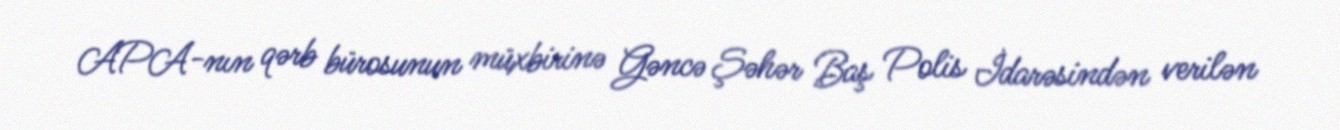
APA-nın qərb bürosunun müxbirinə Gəncə Şəhər Baş Polis İdarəsindən verilən